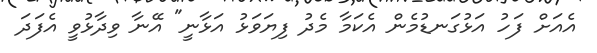
އެއަށް ފަހު އަޅުގަނޑުމެން އެކަމާ މެދު ފިޔަވަޅު އަޅާނީ" އޭނާ ވިދާޅުވީ އެފަދަ